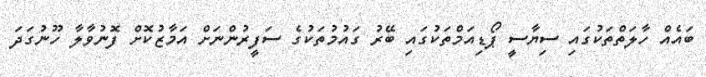
ބައެއް ހާލަތްތަކުގައި ސިޔާސީ ޕޯޑިއަމްތަކުގައި ބޭރު ގައުމުތަކުގެ ސަފީރުންނަށް އަމާޒުކޮށް ފޮނުވާލާ ހޫނުގަދަ